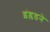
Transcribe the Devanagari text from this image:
इंग्लडने